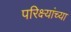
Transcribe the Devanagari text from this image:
परिक्ष्यांच्या